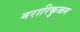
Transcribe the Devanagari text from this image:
मरारिकुळम